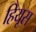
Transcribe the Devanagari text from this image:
हियूस